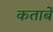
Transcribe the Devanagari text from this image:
कताबें